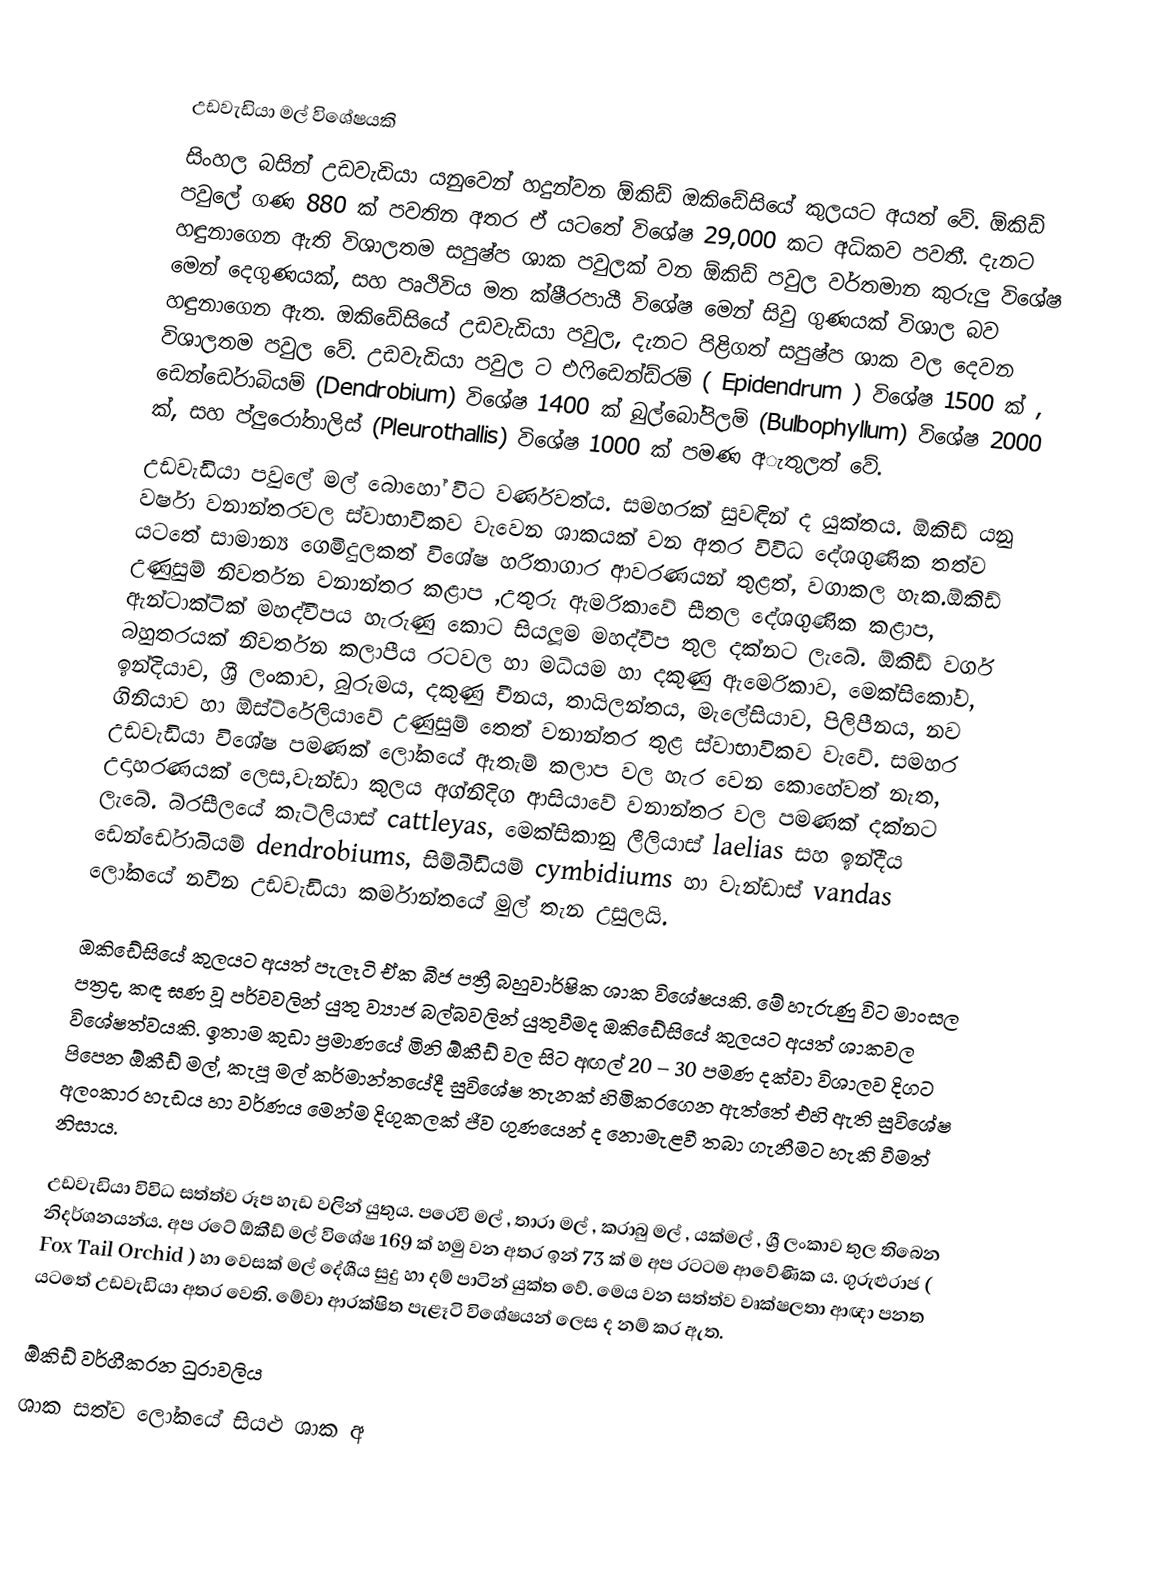

උඩවැඩියා මල් විශේෂයකි
                සිංහල බසින් උඩවැඩියා යනුවෙන් හදුන්වන ඕකිඩ් ඔකිඩේසියේ කුලයට අයත් වේ. ඕකිඩ් පවුලේ ගණ 880 ක් පවතින අතර ඒ යටතේ විශේෂ 29,000 කට අධිකව පවතී. දැනට හඳුනාගෙන ඇති විශාලතම සපුෂ්ප ශාක පවුලක් වන ඕකිඩ් පවුල වර්තමාන කුරුලු විශේෂ මෙන් දෙගුණයක්, සහ පෘථිවිය මත ක්ෂීරපායී විශේෂ මෙන් සිවු ගුණයක් විශාල බව හඳුනාගෙන ඇත. ඔකිඩේසියේ උඩවැඩියා පවුල, දැනට පිළිගත් සපුෂ්ප ශාක වල දෙවන විශාලතම පවුල වේ.  උඩවැඩියා පවුල ට එෆිඩෙන්ඩ්රම් ( Epidendrum ) විශේෂ 1500 ක් , ඩෙන්ඩෙ‍්‍රාබියම් (Dendrobium) විශේෂ 1400 ක් බුල්බෝපිලම් (Bulbophyllum)  විශේෂ 2000 ක්, සහ ප්ලුරෝතාලිස් (Pleurothallis) විශේෂ 1000 ක් පමණ අැතුලත් වේ.
උඩවැඩියා පවුලේ මල් බොහෝ විට වර්ණවත්ය. සමහරක් සුවඳින් ද යුක්තය. ඕකිඩ් යනු වර්ෂා වනාන්තරවල ස්වාභාවිකව වැවෙන ශාකයක් වන අතර විවිධ දේශගුණික තත්ව යටතේ සාමාන්‍ය ගෙමිදුලකත් විශේෂ හරිතාගාර ආවරණයන් තුළත්, වගාකල හැක.ඕකිඩ් උණුසුම් නිවර්තන වනාන්තර කළාප ,උතුරු ඇමරිකාවේ සීතල දේශගුණික කළාප, ඇන්ටාක්ටික් මහද්වීපය හැරුණු කොට සියලූම මහද්වීප තුල දක්නට ලැබේ. ඕකිඩ් වර්ග බහුතරයක් නිවර්තන කලාපීය රටවල හා මධ්යම හා දකුණු ඇමෙරිකාව, මෙක්සිකෝව, ඉන්දියාව, ශ්‍රී ලංකාව, බුරුමය, දකුණු චීනය, තායිලන්තය, මැලේසියාව, පිලිපීනය, නව ගිනියාව හා ඕස්ට්රේලියාවේ උණුසුම් තෙත් වනාන්තර තුළ ස්වාභාවිකව වැවේ. සමහර උඩවැඩියා විශේෂ පමණක් ලෝකයේ ඇතැම් කලාප වල හැර  වෙන කොහේවත් නැත, උදාහරණයක් ලෙස,වැන්ඩා කුලය අග්නිදිග ආසියාවේ  වනාන්තර වල පමණක් දක්නට ලැබේ. බ්රසීලයේ කැට්ලියාස් cattleyas, මෙක්සිකානු ලීලියාස් laelias සහ ඉන්දීය ඩෙන්ඩෙ‍්‍රාබියම් dendrobiums, සිම්බීඩියම් cymbidiums හා වැන්ඩාස් vandas ලෝකයේ නවීන උඩවැඩියා කර්මාන්තයේ මුල් තැන උසුලයි.

ඔකිඩේසියේ කුලයට අයත් පැලෑටි ඒක බීජ පත්‍රී බහුවාර්ෂික ශාක විශේෂයකි.  මේ හැරුණු විට මාංසල පත්‍රද, කඳ ඝණ වූ පර්වවලින් යුතු ව්‍යාජ බල්බවලින් යුතුවීමද ඔකිඩේසියේ කුලයට අයත් ශාකවල විශේෂත්වයකි. ඉතාම කුඩා ප්‍රමාණයේ මිනි ඕකීඩ් වල සිට අඟල් 20 – 30 පමණ දක්‌වා විශාලව දිගට පිපෙන ඕකීඩ් මල්, කැපූ මල් කර්මාන්තයේදී සුවිශේෂ තැනක්‌ හිමිකරගෙන ඇත්තේ එහි ඇති සුවිශේෂ අලංකාර හැඩය හා වර්ණය මෙන්ම දිගුකලක්‌ ජීව ගුණයෙන් ද නොමැළවී තබා ගැනීමට හැකි වීමත්  නිසාය.

උඩවැඩියා විවිධ සත්ත්ව රූප හැඩ වලින් යුතුය. පරෙවි මල් , තාරා මල් , කරාබු මල් , යක්මල් , ශ්‍රී ලංකාව තුල තිබෙන නිදර්ශනයන්ය. අප රටේ ඕකීඩ් මල් විශේෂ 169 ක් හමු වන අතර ඉන් 73 ක් ම අප රටටම ආවේණික ය. ගුරුළුරාජ ( Fox Tail Orchid ) හා වෙසක් මල් දේශීය සුදු හා දම් පාටින් යුක්ත වේ. මෙය වන සත්ත්ව වෘක්ෂලතා ආඥා පනත යටතේ උඩවැඩියා අතර වෙති. මේවා ආරක්ෂිත පැළෑටි විශේෂයන් ලෙස ද නම් කර ඇත.

ඕකිඩ් වර්ගීකරන ධුරාවලිය                      
ශාක සත්ව ලෝකයේ සියළු ශාක අ